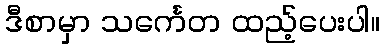
ဒီစာမှာ သင်္ကေတ ထည့်ပေးပါ။